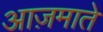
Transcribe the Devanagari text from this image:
आज़माते